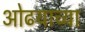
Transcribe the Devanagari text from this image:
ओढयाच्या